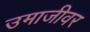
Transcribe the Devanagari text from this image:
उमाजीवर